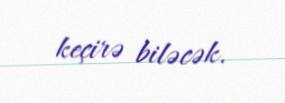
keçirə biləcək.